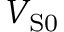
V _ { \mathrm { S 0 } }